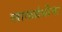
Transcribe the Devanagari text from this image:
लाळग्रंथीना